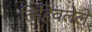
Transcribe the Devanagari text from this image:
लिहिवलेले